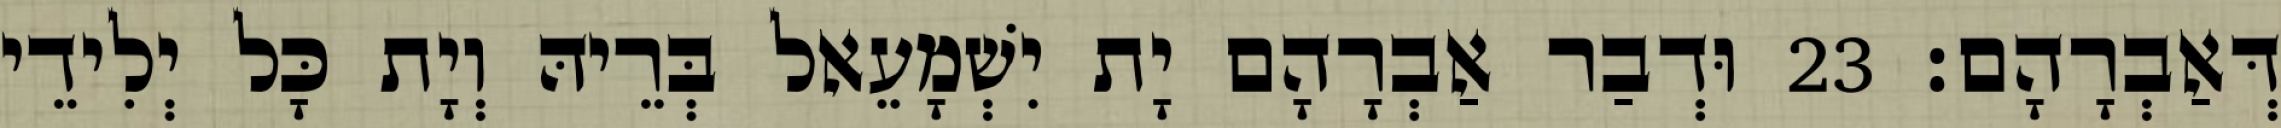
דְּאַבְרָהָם׃ 23 וּדְבַר אַבְרָהָם יָת יִשְׁמָעֵאל בְּרֵיהּ וְיָת כָּל יְלִידֵי